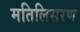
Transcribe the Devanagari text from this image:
मतिलिसरण